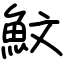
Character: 魰